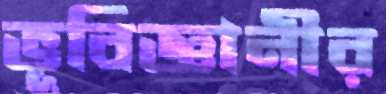
ভূবিজ্ঞানীর